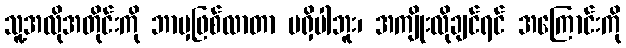
သူ့အလိုအတိုင်းကို ဘာမှဖြစ်လာတာ မရှိပါဘူး၊ အကျိုးလိုချင်ရင် အကြောင်းကို